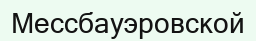
Мессбауэровской